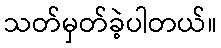
သတ်မှတ်ခဲ့ပါတယ်။